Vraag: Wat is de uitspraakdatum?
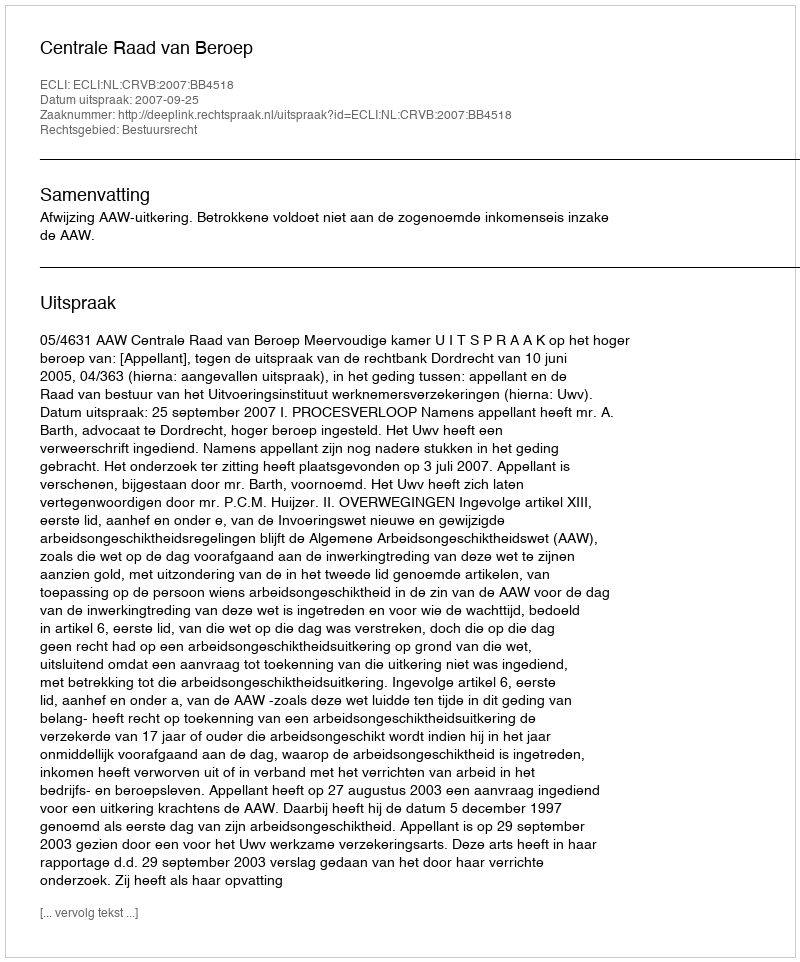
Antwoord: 2007-09-25